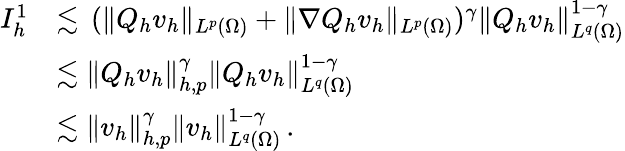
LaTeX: \begin{array}{r}{\begin{array}{rl}{I_{h}^{1}}&{\lesssim\, (\| Q_{h}v_{h}\| _{L^{p}(\Omega)}+\| \nabla Q_{h}v_{h}\| _{L^{p}(\Omega)})^{\gamma}\| Q_{h}v_{h}\| _{L^{q}(\Omega)}^{1-\gamma}}\\ &{\lesssim\| Q_{h}v_{h}\| _{h,p}^{\gamma}\| Q_{h}v_{h}\| _{L^{q}(\Omega)}^{1-\gamma}}\\ &{\lesssim\| v_{h}\| _{h,p}^{\gamma}\| v_{h}\| _{L^{q}(\Omega)}^{1-\gamma}\, .}\end{array}}\end{array}